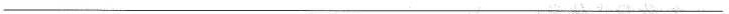
___